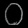
Digit: ၀